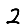
Digit: 2